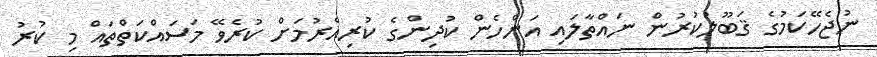
ނުޖެހޭކަމުގެ ޤަބޫލުކުރުން ނައްތާލައި އަންހެން ކުދިންގެ ކުރިއެރުމަށް ކުރެވޭ މަސައްކަތްތައް މި ކުރު